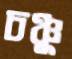
চঞ্চু